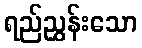
ရည်ညွှန်းသော